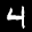
Label: 4